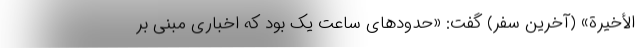
الأخیرة» (آخرین سفر) گفت:‌ «حدودهای ساعت یک بود که اخباری مبنی بر